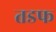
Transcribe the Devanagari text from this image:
तडफ